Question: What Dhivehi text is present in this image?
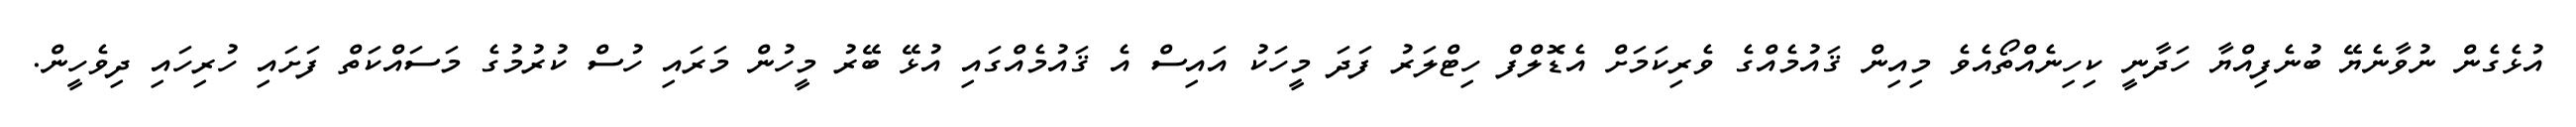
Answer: އުޅެގެން ނުވާނެޔޭ ބުނެފިއްޔާ ހަދާނީ ކިހިނެއްތޯއެވެ މިއިން ޤައުމެއްގެ ވެރިކަމަށް އެޑޮލްފް ހިޓްލަރު ފަދަ މީހަކު އައިސް އެ ޤައުމެއްގައި އުޅޭ ބޭރު މީހުން މަރައި ހުސް ކުރުމުގެ މަސައްކަތް ފަށައި ހުރިހައި ދިވެހީން.